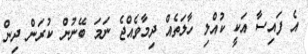
އެ ފައިސާ އަކީ ކުއްލި ހާލަތެއް ދިމާވެއްޖެ ނަމަ ބޭނުން ކުރަން ދިން